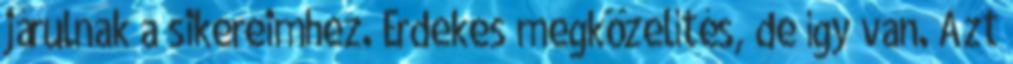
járulnak a sikereimhez. Érdekes megközelítés, de így van. Azt